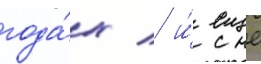
года́х / и́ еще